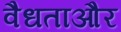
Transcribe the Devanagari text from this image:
वैधताऔर